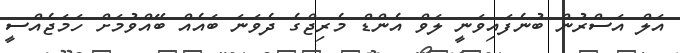
އަލް އަސްރުން ބުނެފައިވަނީ ލަވް އެންޑް މެރިޖްގެ ދެވަނަ ބައެއް ބޭއްވުމަށް ހަމަޖެއްސީ